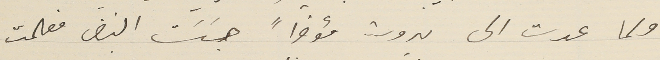
ولما عدت الى بيروت مؤخراً جسَسَت النبض فعلمت